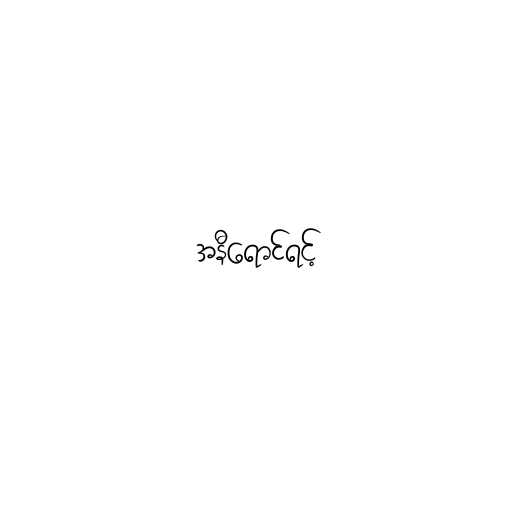
အနီရောင်ရင့်